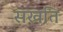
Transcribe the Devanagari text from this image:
सखति